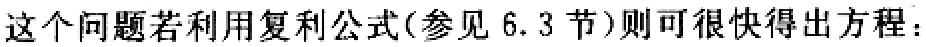
这个问题若利用复利公式(参见 6.3 节)则可很快得出方程：